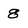
Character: 8